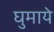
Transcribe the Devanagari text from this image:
घुमाये